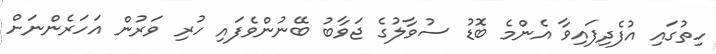
ހިތުގައި އުފެދިފައިވާ އެންމެ ބޮޑު ސުވާލުގެ ޖަވާބު ބޭނުންވެފައި ހުރި ވަރުން އަހަރެންނަށް